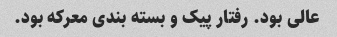
عالی بود. رفتار پیک و بسته بندی معرکه بود.